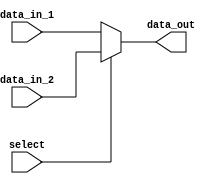
module multiplexer (
    input wire data_in_1,
    input wire data_in_2,
    input wire select,
    output reg data_out
);

always @ (data_in_1, data_in_2, select)
begin
    if (select == 1'b0)
        data_out = data_in_1;
    else
        data_out = data_in_2;
end

endmodule